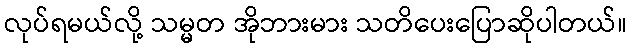
လုပ်ရမယ်လို့ သမ္မတ အိုဘားမား သတိပေးပြောဆိုပါတယ်။